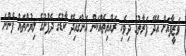
ވަޒީފާއަށް އެދޭ ފަރާތުގެ ދިވެހި ރައްޔިތެއްކަން އަންގައިދޭ ކާޑުގެ ދެފުށުގެ ލިޔުންތައް ފެންނަ